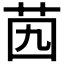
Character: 𦭉